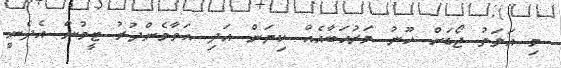
މި އަލަތު ޖޯޑަށް ހޫނު މަރުޙަބާއެއް ކިޔަން އަދި އަވާމެންދުރު ޓީމުން އެދެނީ